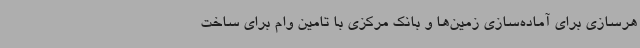
هرسازی برای آماده‌سازی زمین‌ها و بانک مرکزی با تامین وام برای ساخت